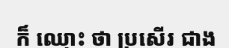
ក៏ ឈ្មោះ ថា ប្រសើរ ជាង